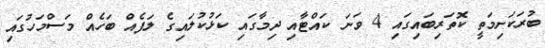
ބުރަކަށިމަތީ ކޮތަރިބައިގައި 4 ވަނަ ކައްޓާއި ދިމާގައި ކަޅުކުލައިގެ ލަފެއް ބަހެއް މަސްމަހުގައި